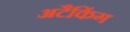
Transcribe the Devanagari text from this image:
अटैकिंग